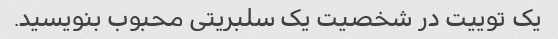
یک توییت در شخصیت یک سلبریتی محبوب بنویسید.